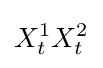
X_{t}^{1}X_{t}^{2}